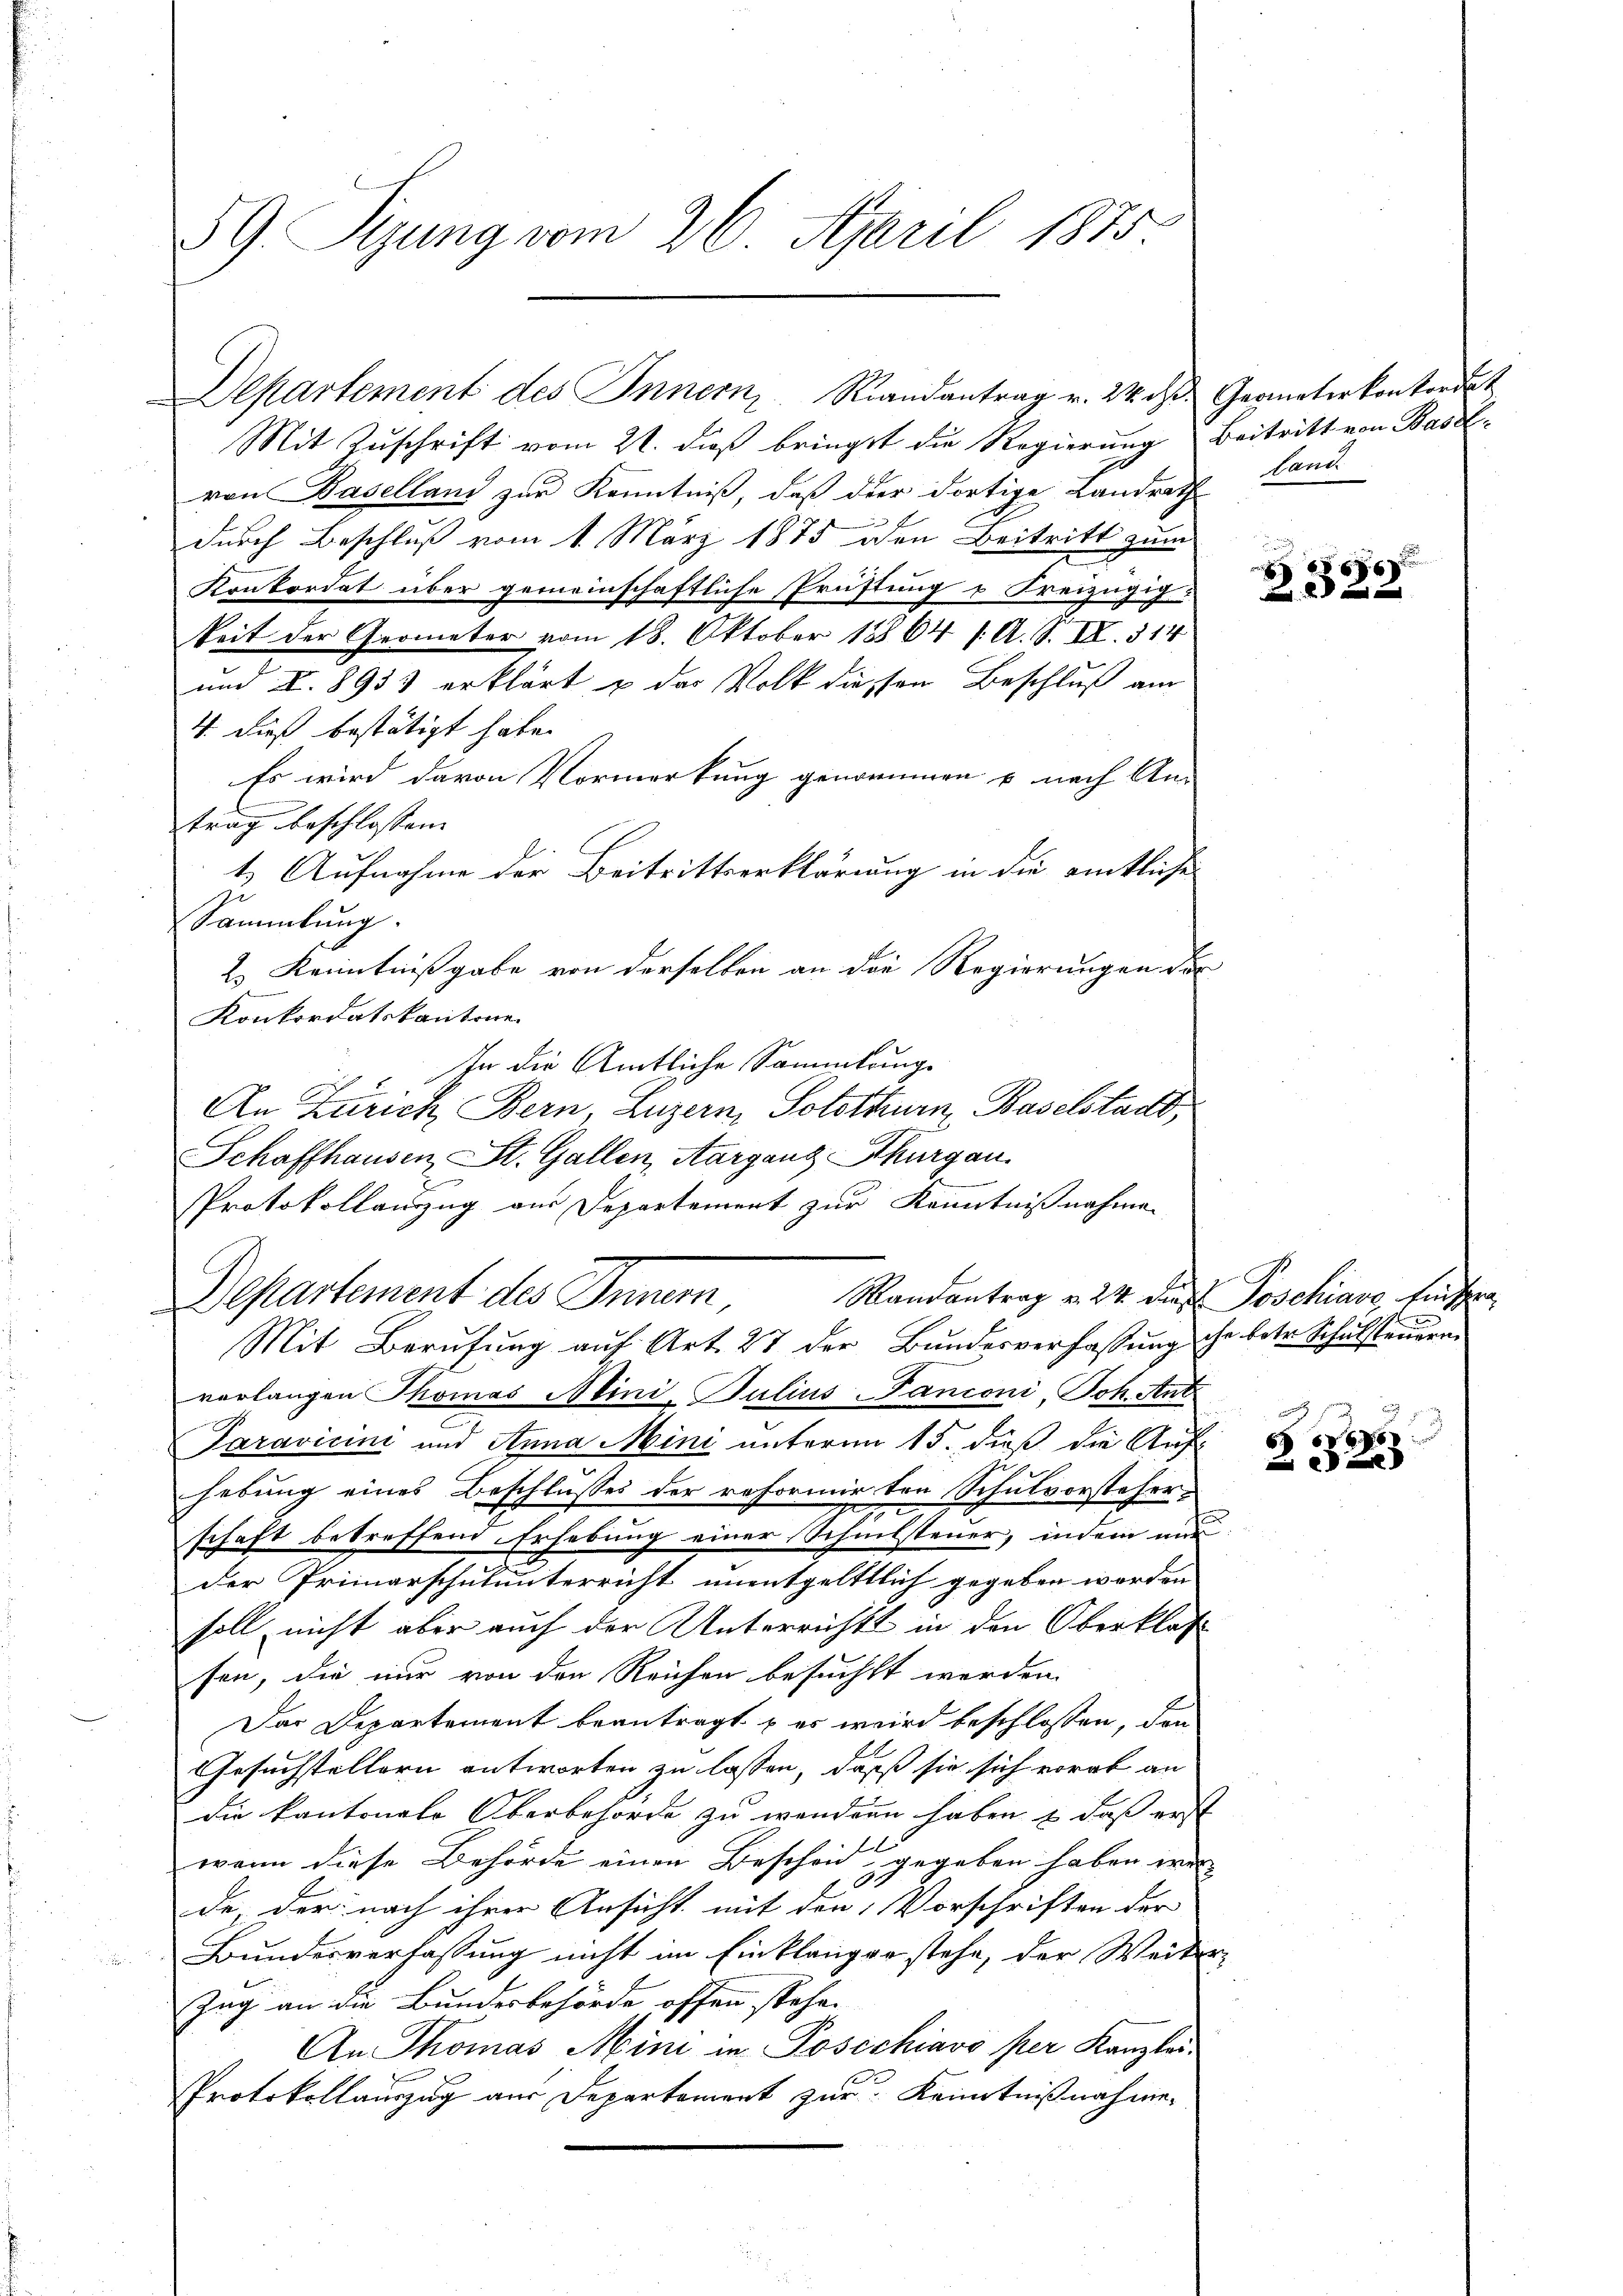
59 Pegung vom 26. April 1875

Departement des Innern, Randantrag v. 24. d. Geometerkonfordet
Mit Zuschrift vom 21. dieß bringet die Regierung Beitritt von Base
von Baselland zur Kenntniß, daß der Fortige Landrath
durch Beschluß vom 1. März 1875 den Beitritt zum
Konkordat über gemeinschaftliche Prüftung u Freizügig
keit der Geometer vom 18. Oktober 18864 /: A. S. II. 314
um §. 8933 erklärt u der Volk diessen Beschluß am
4. dieß bestätigt habe.
Es wird davon Vormerkung genommen u nach Antrag beschlossen. |
1. Aufnahme der Beitrittserklärung in die amtliche
Sammlung.
2.) Kenntnißgabe von derselben an die Regierungen der
Konkordatskantone.
In die Amtliche Sammlung
An Zürich Bern, Luzern, Solothurn, Baselstadt,
Schaffhausen, St. Gallen, Aarganz Thurgau.
.
Protokollanzug aus Departement zur Kenntnißnahmen
Departement des Innern Randantrag v. 24. der Poschiarg, fünften
Mit Berufung auf Art. 27 der Bundesverfassung sche betr. Schulsteuern
vorlangen Thomas Mini-Julius Panconi, Joh. Ant
Paravicini und Anna Mini unterm 15. dieß die Auf-
hebung eines Beschlusses der reformir von Schulvorsteherschaft betreffend Erhebung einer Schmitsteuer, indem nur
der Primarschulunterricht unentgelttlich gegeben werden |
soll nicht aber auch der Unterrichts in den Oberklas
sen, die nur von den Reichen besucht werden.
Das Departement beantragt u es wird beschlossen, den
Gesuchstellern antworten zu lassen, daß sie sich vorab an
die kantonale Oberbehörde zu wendern haben & daß erst
wann diese Behörde einen Bescheid gegeben haben wer-
.
de, der nach ihrer Ansicht mit den Vorschriften der
Bundesverfassung nicht im Einklanger stehe, der Weiter-
Zug an die Bundesbehörde offen stehe.
An Thomas Mini in Poscchiavo per Kanzlei-
Protokollauszug aus Departement zur Kenntnißnahme-

land

i
6
22

686850